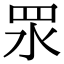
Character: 𥄳